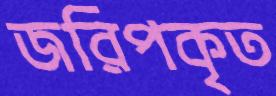
জরিপকৃত